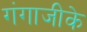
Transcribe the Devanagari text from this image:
गंगाजीके